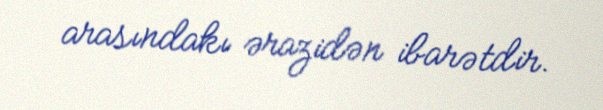
arasındakı ərazidən ibarətdir.